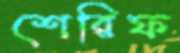
শেরিফ